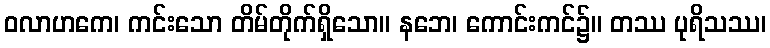
ဝလာဟကေ၊ ကင်းသော တိမ်တိုက်ရှိသော။ နဘေ၊ ကောင်းကင်၌။ တဿ ပုရိသဿ၊